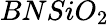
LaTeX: BNSiO_{2}